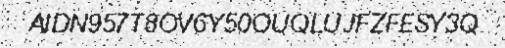
AIDN957T8OV6Y50OUQLUJFZFESY3Q